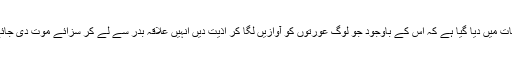
اس کے بعد ایک اور حکم اگلی آیات میں دیا گیا ہے کہ اس کے باوجود جو لوگ عورتوں کو آوازیں لگا کر اذیت دیں انہیں علاقہ بدر سے لے کر سزائے موت دی جائے (سورۃ احزاب آیت 60، 61)۔